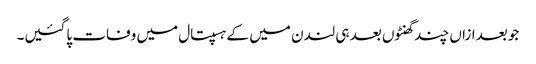
جو بعدازاں چند گھنٹوں بعد ہی لندن میں کے ہسپتال میں وفات پاگئیں۔